Civil Veterinary Department Bihar & Orissa reports 1929-36 - 1929-1936
Year: 1929
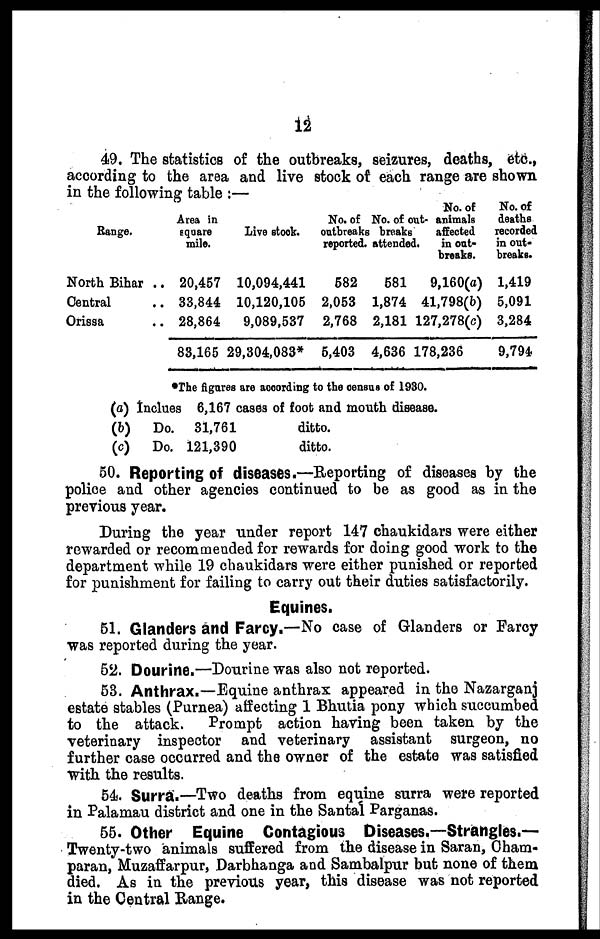
12
49. The statistics of the outbreaks, seizures, deaths, etc.,
according to the area and live stock of each range are shown
in the following table :—
Range.
North Bihar ..
Central ..
Orissa ..
Area in
square
mile.
20,457
33,844
28,864
83,165
Live stock.
10,094,441
10,120,105
9,089,537
29,304,083*
No. of
outbreaks
reported.
582
2,053
2,768
5,403
No. of out¬
breaks
attended.
581
1,874
2,181
4,636
No. of
animals
affected
in out-
breaks.
9,160(a)
41,798(b)
127,278(c)
178,236
No. of
deaths
recorded
in out-
breaks.
1,419
5,091
3,284
9,794
*The figures are according to the census of 1930.
(a)
(b)
(c)
Inclues 6,167 cases of foot and mouth disease.
Do.
Do.
31,761
121,390
ditto.
ditto.
50. Reporting of diseases.—Reporting of diseases by the
police and other agencies continued to be as good as in the
previous year.
During the year under report 147 chaukidars were either
rewarded or recommended for rewards for doing good work to the
department while 19 chaukidars were either punished or reported
for punishment for failing to carry out their duties satisfactorily.
Equines.
51. Glanders and Farcy.—No case of Glanders or Farcy
was reported during the year.
52. Dourine.—Dourine was also not reported.
53. Anthrax.—Equine anthrax appeared in the Nazarganj
estate stables (Purnea) affecting 1 Bhutia pony which succumbed
to the attack. Prompt action having been taken by the
veterinary inspector and veterinary assistant surgeon, no
further case occurred and the owner of the estate was satisfied
with the results.
54. Surra.—Two deaths from equine surra were reported
in Palamau district and one in the Santal Parganas.
55. Other Equine Contagious Diseases.—Strangles.—
Twenty-two animals suffered from the disease in Saran, Cham-
paran, Muzaffarpur, Darbhanga and Sambalpur but none of them
died. As in the previous year, this disease was not reported
in the Central Range.